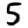
Digit: 5